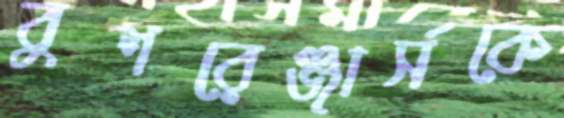
বুশরেঞ্জার্সকে